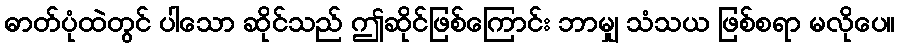
ဓာတ်ပုံထဲတွင် ပါသော ဆိုင်သည် ဤဆိုင်ဖြစ်ကြောင်း ဘာမျှ သံသယ ဖြစ်စရာ မလိုပေ။